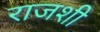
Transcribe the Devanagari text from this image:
राजशी